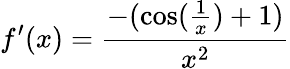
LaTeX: f^{\prime}(x)={\frac{-(\cos({\frac{1}{x}})+1)}{x^{2}}}